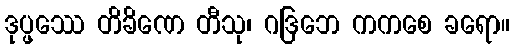
ဒုပ္ဖဿေ တိခိဏေ တီသု၊ ဂဒြဘေ ကကစေ ခရော။